Vaccination North-Western Provinces and Oudh 1878-1895 - 1878-1895
Year: 1878
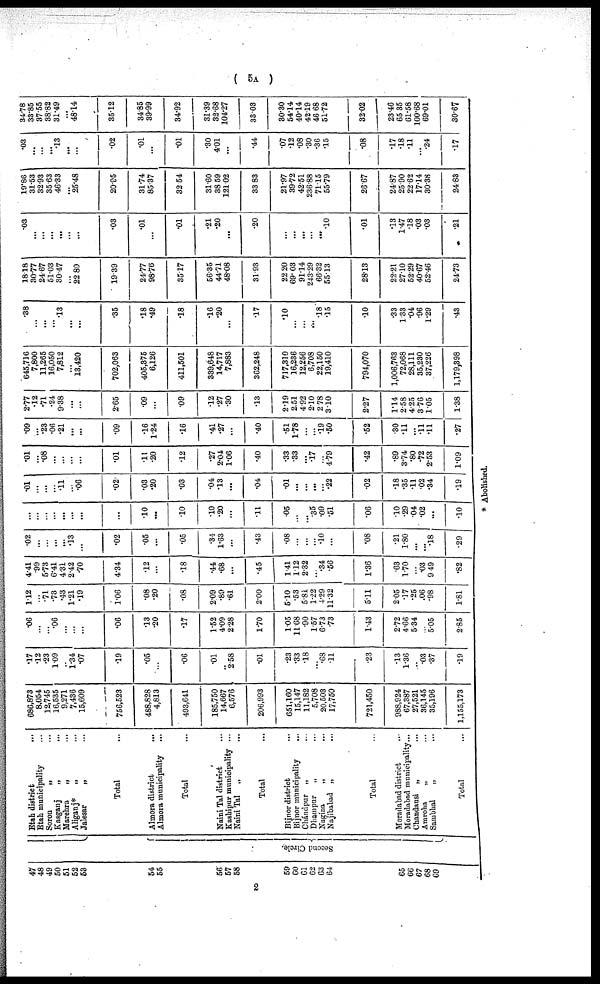
( 5A )
47
48
49
50
51
52
53
54
55
56
57
58
59
60
61
62
63
64
65
66
67
68
69
Second Circle.
Etah district...
Etah municipality...
Soron
„ ...
Kasganj
„ ...
Marehra
„ ...
Aliganj* „ ...
Jalesar
„ ...
Total...
Almora district
...
Almora municipality...
Total...
Naini Tal district...
Kashipur muncipality...
Nairn Tal „ ...
Total...
Bijnor district...
Bijnor municipality...
Chándpur „ ...
Dhampur
„ ...
Nagina
„
...
Najibabad „ ...
Total...
Moradabad district ...
Moradabad municipality...
Chandausi „ ...
Amroha
„ ...
Samblial „...
Total...
686,873
8,054
12,745
16,535
9,271
7,436
15,609
756,523
488,828
4,813
493,641
185,750
14,667
6,576
206,993
651,160
15,147
11,182
5,708
20,503
17,750
721,450
988,924
67,387
27,521
36,145
35,196
1,155,173
.17
.12
.23
1.09
...
1.34
.07
.19
.05
...
.06
.01
2.58
.01
.23
.33
.18
...
.68
.11
.23
.13
1.36
.03
.37
.19
.06
...
...
.06
...
...
...
.06
.13
.20
.17
1.52
4.09
2 28
1.70
1.05
11.68
.90
1.57
6.73
.73
1.43
2.72
4.66
5.34
...
5.05
2.85
1.12
...
.71
.73
.43
1.21
.19
1.06
.08
.20
.08
2.09
.89
.61
2.00
5.10
.53
5.81
1.22
4.29
11.32
5.11
2.05
.17
.25
.06
.98
1.81
4.41
.99
5.73
6.41
4.31
2.42
.70
4.34
.12
...
.18
.44
.68
...
.45
1.41
1.12
2.32
...
.34
.56
1.36
.63
1.70
...
.03
9.49
.82
.02
...
...
...
...
.13
...
.02
.05
...
.05
.34
1.63
...
.43
.08
...
...
...
.10
...
.08
.21
1.80
...
...
.18
.29
...
...
...
...
...
...
...
...
.10
...
.10
.10
.20
...
.11
.05
...
...
.35
.09
.51
.06
.10
.29
04
.02
...
.10
.01
...
...
...
.11
...
.06
.02
.03
.20
.03
.04
.13
...
.04
.01
...
...
...
...
.22
.02
.18
.35
.11
02
.34
.19
.01
...
.08
...
...
...
...
.01
.11
.20
.12
.27
2.04
1.06
.40
.33
.33
...
.17
...
4.79
.42
.89
3.74
.80
.72
2.53
1.09
.09
...
.23
.06
.21
...
...
.09
.16
1.24
.16
.41
.27
...
.40
.51
1.78
...
...
.19
.50
.52
.30
.11
....
.11
.11
.27
2.77
.12
.71
.24
9.38
...
...
2.65
.09
...
.09
.12
.27
.30
.13
2.19
2.51
4.92
2.10
2.78
3.10
2.27
1.14
2.58
4.25
3.76
1.05
1.38
645,716
7,800
11,265
16,050
7,812
...
13,420
702,063
405,375
6,126
411,501
339,648
14,717
7,883
362,248
717,310
16,236
12,256
6,708
22,150
19,410
794,070
1,006,763
72,068
28,111
35,230
37,226
1,179,398
.38
...
...
...
.13
...
...
.35
.18
.49
.18
.16
.20
...
.17
.10
...
...
...
.18
.15
.10
.33
1.33
.04
.96
1.29
.43
18.18
30.77
24.67
51.03
30.47
...
22.80
19.39
24.77
98.76
35.17
56.35
44.71
48.08
31.93
22.20
69.03
91.14
243.29
66.32
55.13
28.13
22.21
27.10
52.29
40.67
52.46
24.73
.03
...
...
...
...
...
...
.03
.01
...
.01
.21
.20
...
.20
...
...
...
...
...
.10
.01
.13
1.47
.18
.03
.03
.21
19.86
31.53
32.93
35.63
46.33
...
25.48
20.95
31.74
85.37
32.54
31.60
38.59
121.02
33.83
21.97
39.72
42.51
236.88
71.15
55.79
26.67
24.87
25.90
22.62
17.14
30.38
24.83
.03
...
...
...
.13
...
...
.02
.01
...
.01
.30
4.01
...
.44
.07
.12
.08
.30
.36
.15
.08
.17
.18
.11
...
.24
.17
34.78
33.85
3755
38.82
31.49
...
48.14
35.12
34.85
39.99
34.92
31.39
32.68
104.27
33.03
30.30
54.14
40.14
42.19
46.68
51.72
32.02
23.46
65.35
61.58
100.68
69.01
30.67
* Abolished.
2